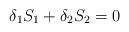
\begin{align*}\delta _{1}S_{1}+\delta _{2}S_{2}=0 \end{align*}